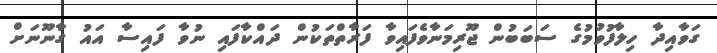
ގަވާއިދާ ހިލާފުވުމުގެ ސަބަބުން ޖޫރިމަނާވެފައިވާ ފަރާތްތަކުން ދައްކާފައި ނުވާ ފައިސާ އައު ގާނޫނަށް